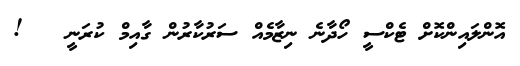
އޮންލައިންކޮށް ޓެކްސީ ހޯދާނެ ނިޒާމެއް ސަރުކާރުން ގާއިމް ކުރަނީ   !